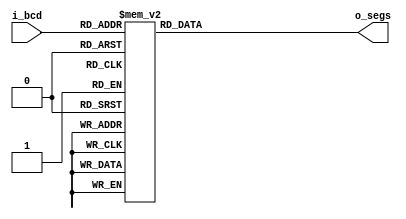
module bcd7seg (
    input [3:0] i_bcd,
    output reg [7:0] o_segs
);

    always @* begin
        case (i_bcd)
                             // pgfedcba
            4'h00: o_segs <= 8'b00111111;
            4'h01: o_segs <= 8'b00000110;
            4'h02: o_segs <= 8'b01011011;
            4'h03: o_segs <= 8'b01001111;
            4'h04: o_segs <= 8'b01100110;
            4'h05: o_segs <= 8'b01101101;
            4'h06: o_segs <= 8'b01111101;
            4'h07: o_segs <= 8'b00000111;
            4'h08: o_segs <= 8'b01111111;
            4'h09: o_segs <= 8'b01101111;
            4'h0A: o_segs <= 8'b01110111;
            4'h0B: o_segs <= 8'b01111100;
            4'h0C: o_segs <= 8'b00111001;
            4'h0D: o_segs <= 8'b01011110;
            4'h0E: o_segs <= 8'b01111001;
            4'h0F: o_segs <= 8'b01110001;
        endcase
    end

endmodule